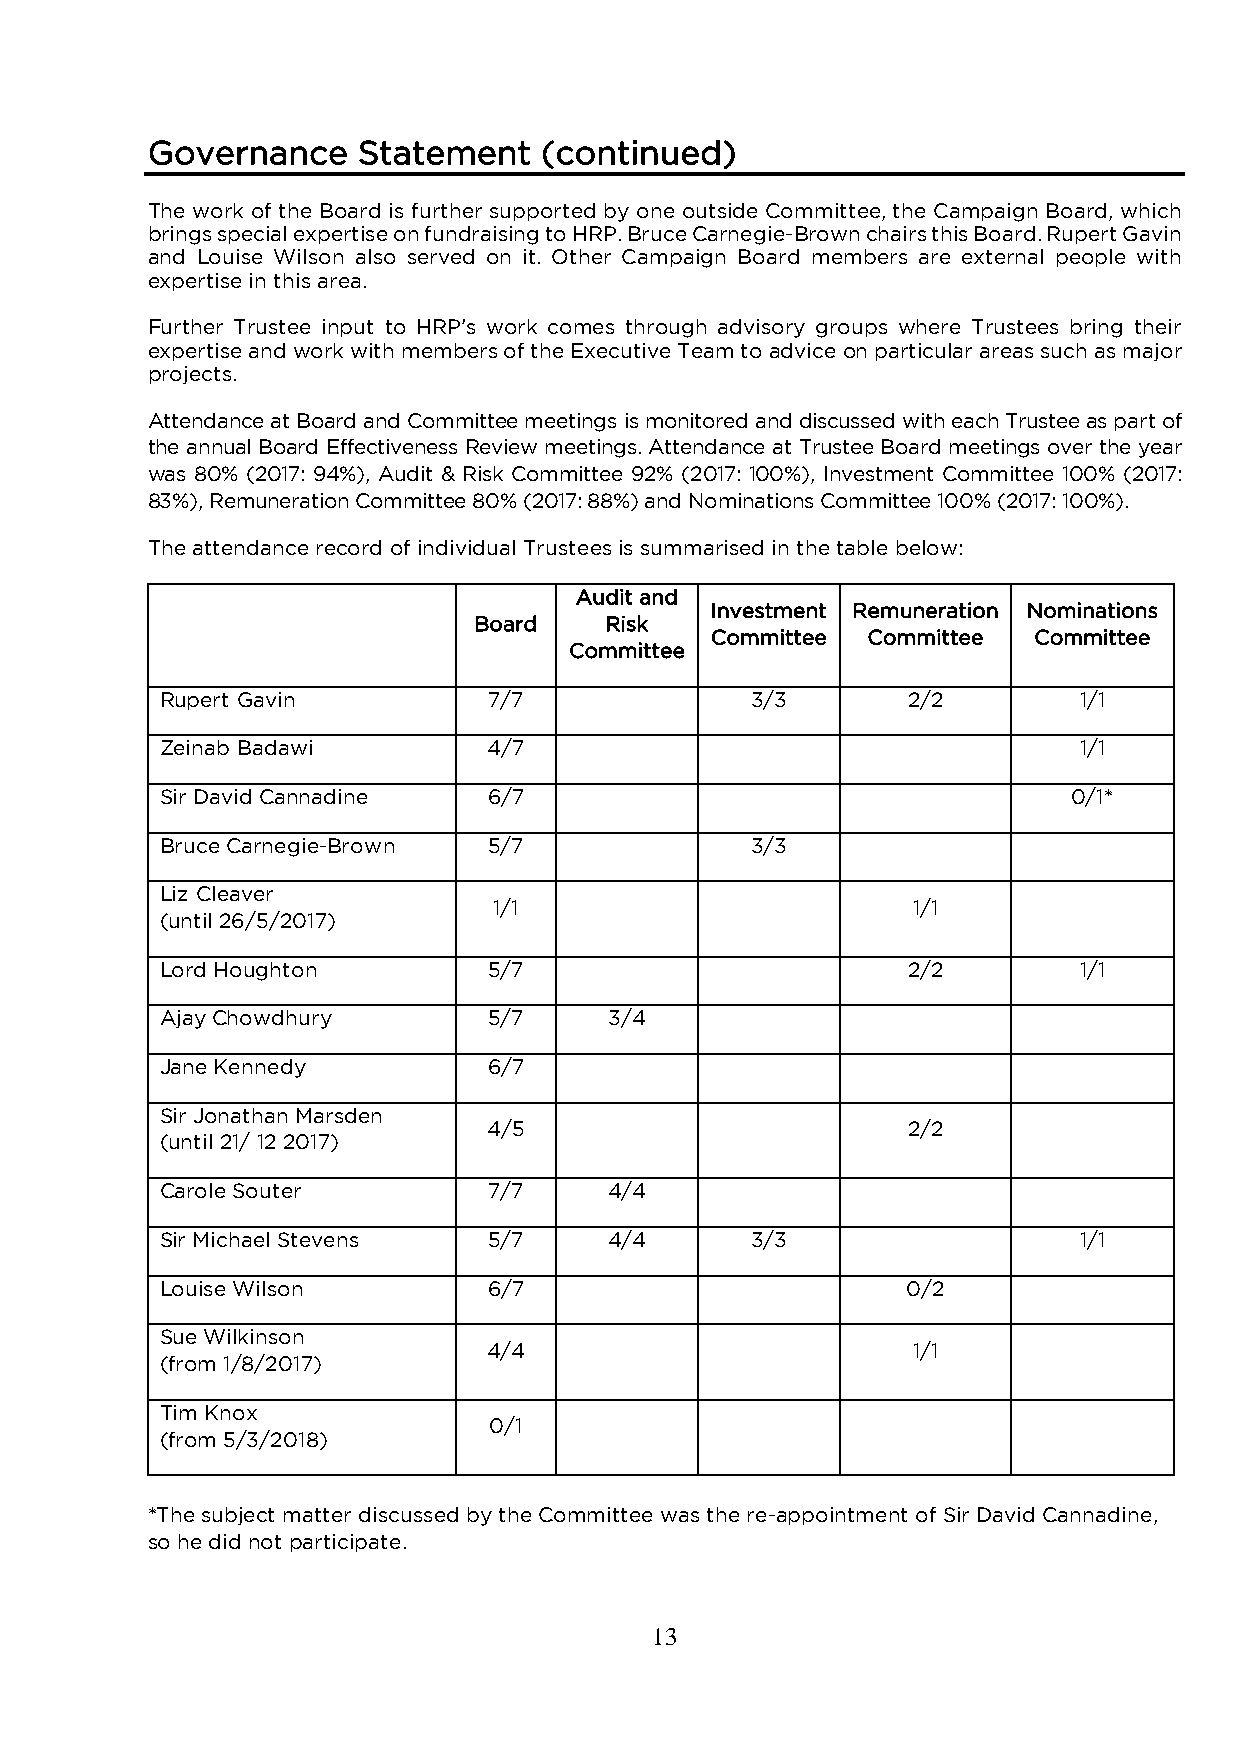
Governance    Statement   (continued)
 The work of the Board is further supported by one outside Committee, the Campaign Board, which
 brings special expertise on fundraising to HRP. Bruce Carnegie-Brown chairs this Board. Rupert Gavin
 and Louise Wilson also served on it. Other Campaign Board members are external people with
 expertise in this area.
 Further Trustee input to HRP’s work comes through advisory groups where Trustees bring their
 expertise and work with members of the Executive Team to advice on particular areas such as major
 projects.
 Attendance at Board and Committee meetings is monitored and discussed with each Trustee as part of
 the annual Board Effectiveness Review meetings. Attendance at Trustee Board meetings over the year
 was 80% (2017: 94%), Audit & Risk Committee 92% (2017: 100%), Investment Committee 100% (2017:
 83%), Remuneration Committee 80% (2017: 88%) and Nominations Committee 100% (2017: 100%).
 The attendance record of individual Trustees is summarised in the table below:
 Audit and
 Investment Remuneration Nominations
 Board    Risk
 Committee Committee  Committee
 Committee
 Rupert Gavin         7/7               3/3       2/2        1/1
 Zeinab Badawi        4/7                                    1/1
 Sir David Cannadine  6/7                                    0/1*
 Bruce Carnegie-Brown 5/7               3/3
 Liz Cleaver
 1/1                        1/1
 (until 26/5/2017)
 Lord Houghton        5/7                         2/2        1/1
 Ajay Chowdhury       5/7     3/4
 Jane Kennedy         6/7
 Sir Jonathan Marsden
 4/5                         2/2
 (until 21/ 12 2017)
 Carole Souter        7/7     4/4
 Sir Michael Stevens  5/7     4/4       3/3                  1/1
 Louise Wilson        6/7                         0/2
 Sue Wilkinson
 4/4                         1/1
 (from 1/8/2017)
 Tim Knox
 0/1
 (from 5/3/2018)
 *The subject matter discussed by the Committee was the re-appointment of Sir David Cannadine,
 so he did not participate.
 13